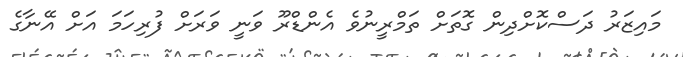
މައިޒަރު ދަސްކޮށްދިން ގޮތަށް ތަމްރީނުވެ އެންޑްރޫ ވަނީ ވަރަށް ފުރިހަމަ އަށް އޭނާގެ